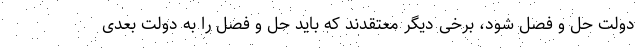
دولت حل و فصل شود، برخی دیگر معتقدند که باید حل و فصل را به دولت بعدی